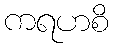
ကရဟစိ